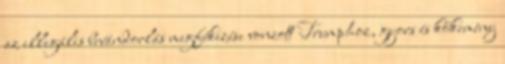
az illegális bevándorlás megfékezése vonzott Trumphoz, gyors és kőkemény